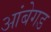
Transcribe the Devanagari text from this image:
आंबेगड